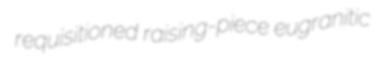
requisitioned raising-piece eugranitic